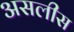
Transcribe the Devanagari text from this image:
असलीस